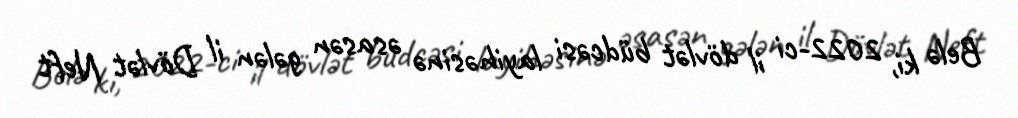
Belə ki, 2022-ci il dövlət büdcəsi layihəsinə əsasən gələn il Dövlət Neft